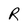
Character: R